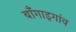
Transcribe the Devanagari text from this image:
बॉँगाइगांव